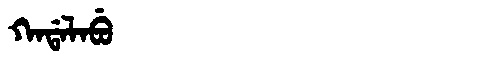
Manchu: ᡴᠠᡩᠠᠯᠠᠪᡠ
Romanization: KADALABU